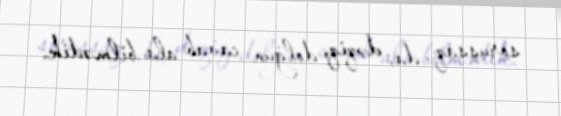
soruşsaq da, dəqiq, dolğun cavab ala bilmədik.